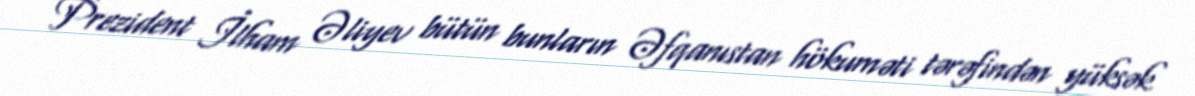
Prezident İlham Əliyev bütün bunların Əfqanıstan hökuməti tərəfindən yüksək